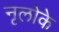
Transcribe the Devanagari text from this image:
नृलोके